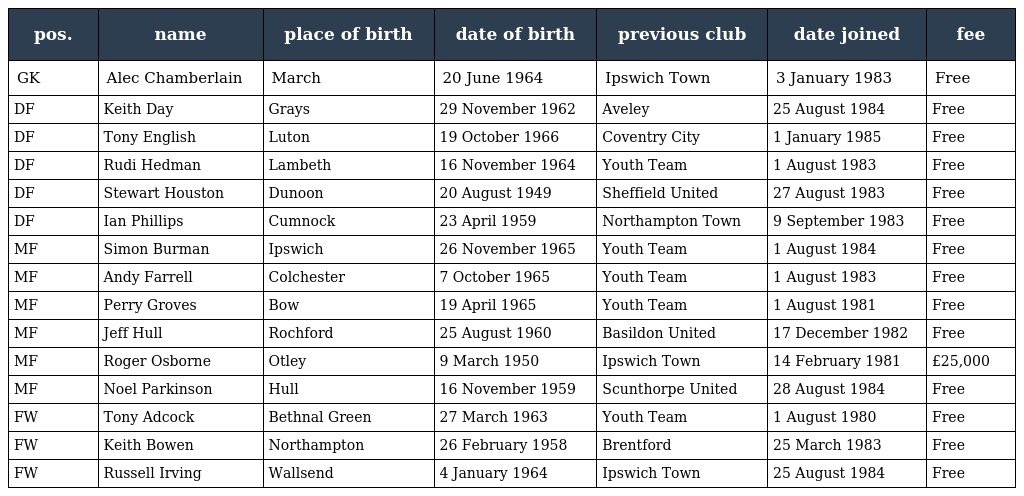
| pos. | name | place of birth | date of birth | previous club | date joined | fee |
 | --- | --- | --- | --- | --- | --- | --- |
 | GK | Alec Chamberlain | March | 20 June 1964 | Ipswich Town | 3 January 1983 | Free |
 | DF | Keith Day | Grays | 29 November 1962 | Aveley | 25 August 1984 | Free |
 | DF | Tony English | Luton | 19 October 1966 | Coventry City | 1 January 1985 | Free |
 | DF | Rudi Hedman | Lambeth | 16 November 1964 | Youth Team | 1 August 1983 | Free |
 | DF | Stewart Houston | Dunoon | 20 August 1949 | Sheffield United | 27 August 1983 | Free |
 | DF | Ian Phillips | Cumnock | 23 April 1959 | Northampton Town | 9 September 1983 | Free |
 | MF | Simon Burman | Ipswich | 26 November 1965 | Youth Team | 1 August 1984 | Free |
 | MF | Andy Farrell | Colchester | 7 October 1965 | Youth Team | 1 August 1983 | Free |
 | MF | Perry Groves | Bow | 19 April 1965 | Youth Team | 1 August 1981 | Free |
 | MF | Jeff Hull | Rochford | 25 August 1960 | Basildon United | 17 December 1982 | Free |
 | MF | Roger Osborne | Otley | 9 March 1950 | Ipswich Town | 14 February 1981 | £25,000 |
 | MF | Noel Parkinson | Hull | 16 November 1959 | Scunthorpe United | 28 August 1984 | Free |
 | FW | Tony Adcock | Bethnal Green | 27 March 1963 | Youth Team | 1 August 1980 | Free |
 | FW | Keith Bowen | Northampton | 26 February 1958 | Brentford | 25 March 1983 | Free |
 | FW | Russell Irving | Wallsend | 4 January 1964 | Ipswich Town | 25 August 1984 | Free |